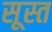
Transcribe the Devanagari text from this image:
सूस्त